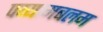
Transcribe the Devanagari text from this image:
पय्यामबलम